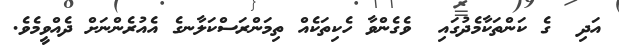
އަދި  ގެ ކަންތަކާމެދުގައި  ވެގެންވާ ހެކިތަކެއް ތިމަންރަސްކަލާނގެ އެއުރެންނަށް ދެއްވީމެވެ.